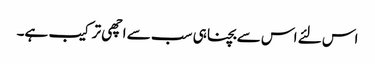
اس لئے اس سے بچنا ہی سب سے اچھی ترکیب ہے۔